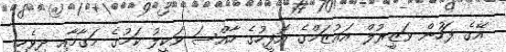
އޭގެ ފަހުން ވަޒީރުލް އަޢުޒަމްގެ އޮފީހުގެ ހާއްސަ ވަކީލު ކަމުގެ މަގާމާއި ދިވެހި